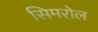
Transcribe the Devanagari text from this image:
सिमरोल